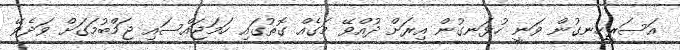
އަސަރީހިނގުން ވަނީ ހުޅަނގުން އިރަށް ދުއްވޭ މަގެއް ގޮތުގައި ހަމަޖައްސައި ޖަމްބުމަގަށް ވަދެވޭ